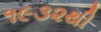
૧૯૩૨થી